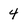
Character: 4